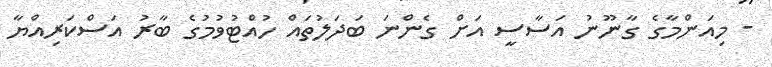
- މިއަންމާގެ ގާނޫނު އަސާސީ އަށް ގެންނަ ބަދަލުތައް ހުއްޓުވުުމުގެ ބާރު އަސްކަރިއްޔާ